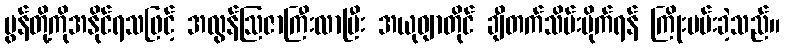
မွန်တို့ကိုအနိုင်ရသဖြင့် အလွန်ဩဇာကြီးလာပြီး အယုဓျာတိုင် ချီတက်သိမ်းပိုက်ရန် ကြိုးပမ်းခဲ့သည်။